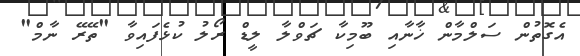
އެގޮތުން ސަލްމާން ޚާނާއި ބޫމިކާ ޗަވްލާ ލީޑް ރޯލު ކުޅެފައިވާ "ތޭރޭ ނާމް"